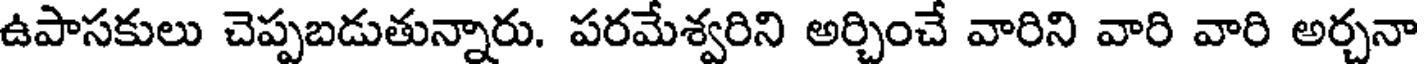
ఉపాసకులు చెప్పబడుతున్నారు. పరమేశ్వరిని అర్చించే వారిని వారి వారి అర్చనా